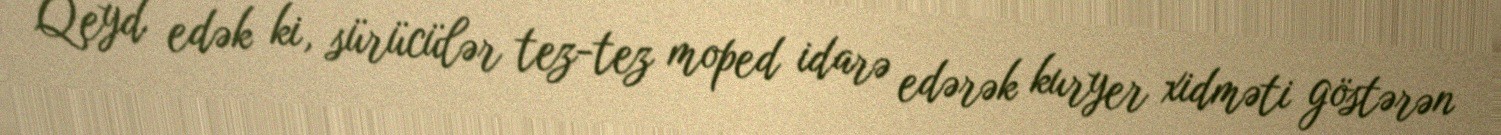
Qeyd edək ki, sürücülər tez-tez moped idarə edərək kuryer xidməti göstərən